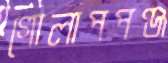
গোলাপপঞ্জ